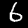
Digit: 6